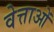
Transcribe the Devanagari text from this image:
वेत्ताओं